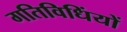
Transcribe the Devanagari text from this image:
गतिविधिंयों